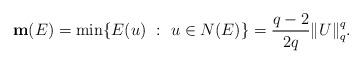
LaTeX: \begin{align*}{\bf m}(E) = \min \{ E(u) \ : \ u \in N(E) \} = \frac{q-2}{2q} {\| U \|}_q^q .\end{align*}